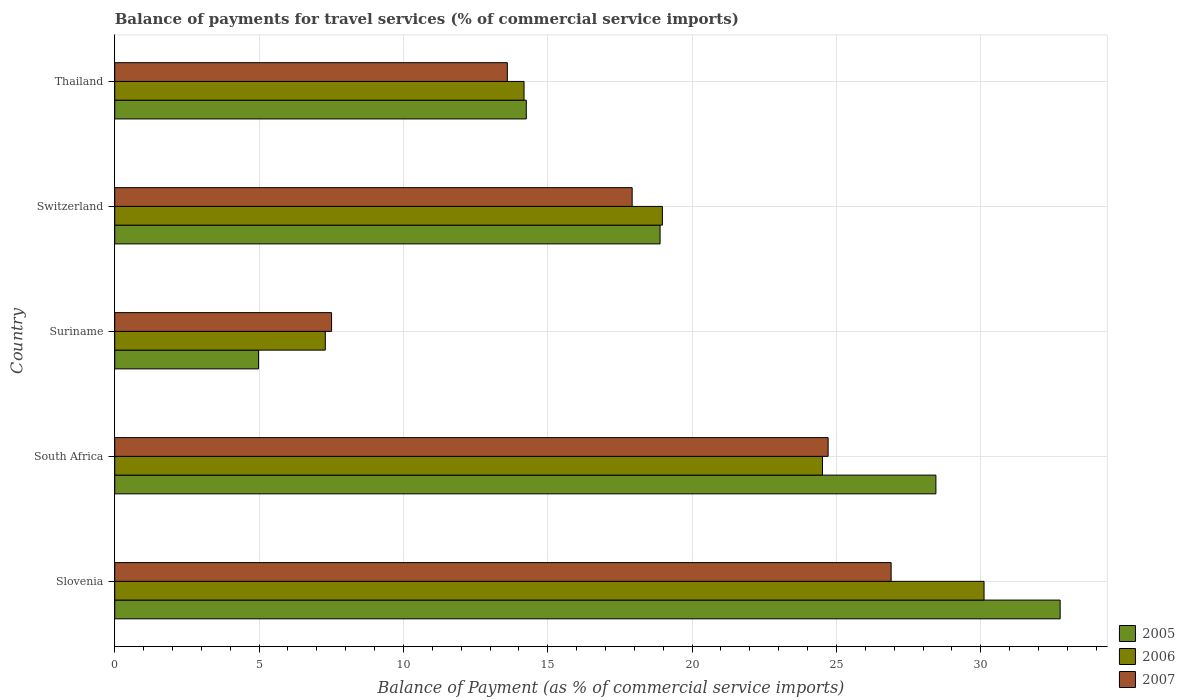
| Country | 2005 | 2006 | 2007 |
 | --- | --- | --- | --- |
 | Slovenia | 32.8 | 30.1 | 26.9 |
 | South Africa | 28.4 | 24.5 | 24.7 |
 | Suriname | 4.98 | 7.29 | 7.51 |
 | Switzerland | 18.9 | 19 | 17.9 |
 | Thailand | 14.3 | 14.2 | 13.6 |